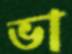
ভা